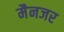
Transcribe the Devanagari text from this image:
मैनजर